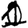
Digit: 1